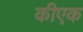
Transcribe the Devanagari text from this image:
कीएक